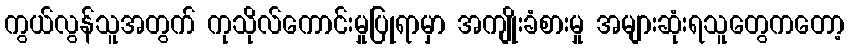
ကွယ်လွန်သူအတွက် ကုသိုလ်ကောင်းမှုပြုရာမှာ အကျိုးခံစားမှု အများဆုံးရသူတွေကတော့